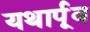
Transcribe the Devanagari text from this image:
यथार्पूव